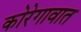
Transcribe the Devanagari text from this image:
कोरेगावात